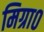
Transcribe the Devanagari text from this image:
मिग्रा०